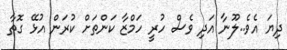
ދިޔަ އެވެ..ލޫނާ އަދި ވެސް ހުރީ ހަމްޒާ ކަންތަށް ކުރަން އުޅޭ ގޮތާ